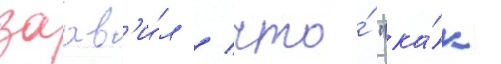
заав'и́л / что́ "ка́к